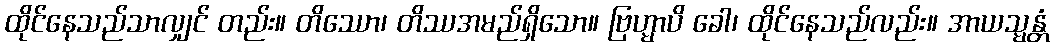
ထိုင်နေသည်သာလျှင် တည်း။ တိဿော၊ တိဿအမည်ရှိသော။ ဗြဟ္မာပိ ခေါ၊ ထိုင်နေသည်လည်း။ အာယသ္မန္တံ